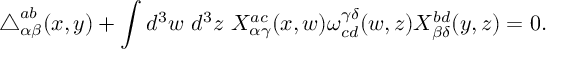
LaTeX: \triangle _ { \alpha \beta } ^ { a b } ( x , y ) + \int d ^ { 3 } w ~ d ^ { 3 } z ~ X _ { \alpha \gamma } ^ { a c } ( x , w ) \omega _ { c d } ^ { \gamma \delta } ( w , z ) X _ { \beta \delta } ^ { b d } ( y , z ) = 0 .